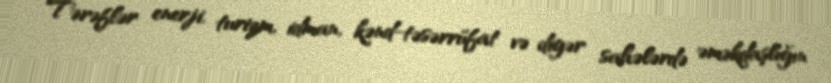
Tərəflər enerji, turizm, idman, kənd-təsərrüfat və digər sahələrdə əməkdaşlığın